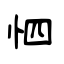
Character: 怬